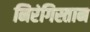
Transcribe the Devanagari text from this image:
निरंगिस्तान